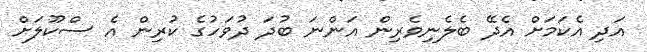
އަދި އެކަމަށް އެދޭ ބެލެނިވެރިން އަންނަ ބުދަ ދުވަހުގެ ކުރިން އެ ސްކޫލަށް